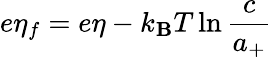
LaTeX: e\eta_{f}=e\eta-k_{\mathbf{B}}T\ln{\frac{{c}}{{a_{+}}}}